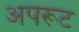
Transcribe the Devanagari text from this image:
अपरूट